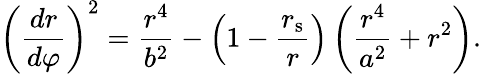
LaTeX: \left({\frac{dr}{d\varphi}}\right)^{2}={\frac{r^{4}}{b^{2}}}-\left(1-{\frac{r_{\mathrm{{s}}}}{r}}\right)\left({\frac{r^{4}}{a^{2}}}+r^{2}\right).